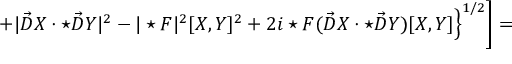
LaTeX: \left. \left. + | \vec { D } X \cdot \star \vec { D } Y | ^ { 2 } - | \star F | ^ { 2 } [ X , Y ] ^ { 2 } + 2 i \star F ( \vec { D } X \cdot \star \vec { D } Y ) [ X , Y ] \right\} ^ { 1 / 2 } \right] =